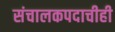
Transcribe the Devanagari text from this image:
संचालकपदाचीही